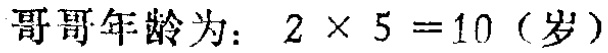
哥哥年龄为：\(2\times5 = 10\)（岁）